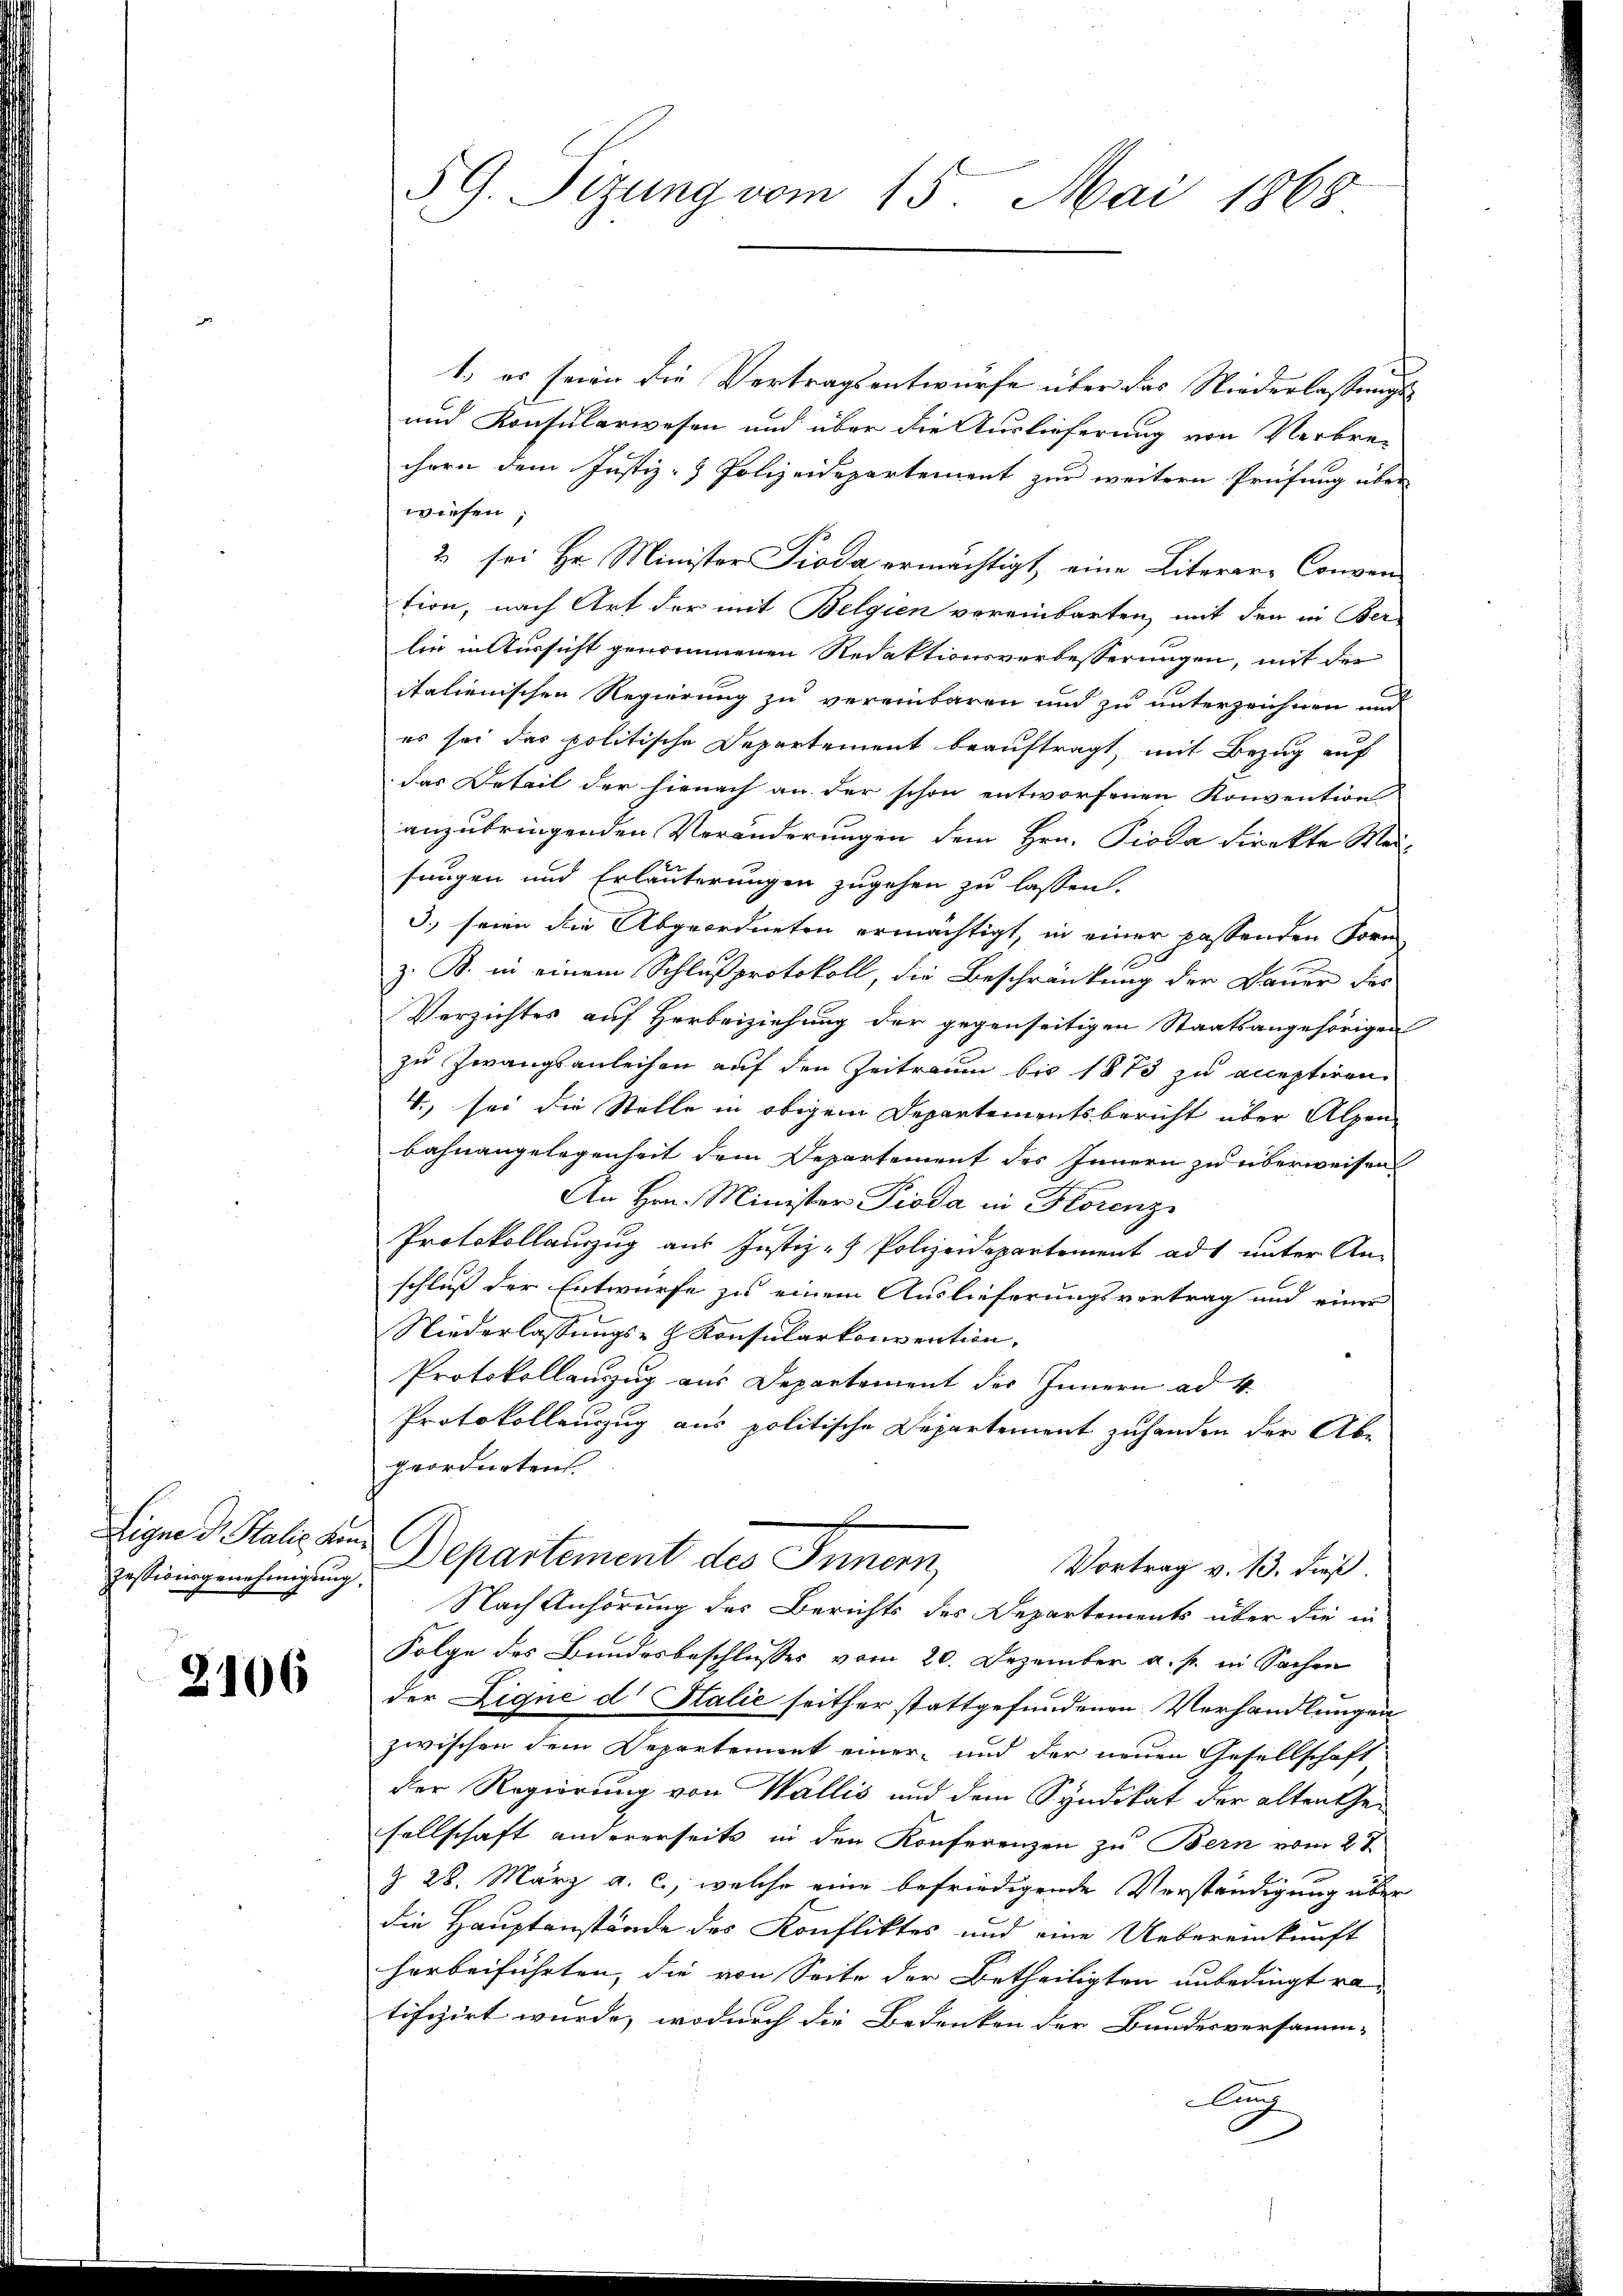
Eigne dr. Stalie di
Zessionsgenehmigung.

2106

59. Sizung vom 15. Mai 1868

1., es seien die Vertragsentwurfe über das Niederlassungs¬
und Konsularwesen und über die Auslieferung von Verbrechern dem Justiz- & Polizeidepartement zur weitern Prüfung über
wiesen;
2 sei Hr. Minister Pioda ermächtigt, eine Literere Conven
tion, nach Art der mit Belgien voreinbarten, mit den in Ber
lie in Aussicht genommenen Redaktionsverbesserungen, mit der
italienischen Regierung zu vereinbaren und zu unterzeichnen und
es sei das politische Departement beauftragt, mit Bezug auf
das Detail der hienach an der schon entworfenen Konvention
anzubringenden Veränderungen dem Hrn. Pioda direkte Meifungen und Erläuterungen zugehen zu lassen.
3) seien die Abgeordneten ermächtigt, in einer passenden Form
1

z. B. in einem Schlußprotokoll, die Beschränkung der Bauer des
Verzichtes auf Herbeiziehung der gegenseitigen Staatsangehörigen
zu Zwangsanleisen auf den Zeitraum bis 1873 zu acceptiren.
4., sei die Stelle in obigem Departementsbericht über Alpen
bahnangelegenheit dem Departement des Innern zu überweisen
An Hrn. Minister Pioda in Horenz
Protokollauszug aus Justiz - Polizeidepartement ad unter An-
schluß der Entwurfe zu einem Auslieferungsvertrag und einer
Niederlassungs- & Konsularkonvention.
Protokollauszug aus Departement des Innern ad 4
Protokollenzug aus politische Departement zuhanden der Ab-
geordneten
Departement des Inner,
Vortrag v. 13. dieß.
Nach Anhörung des Berichts des Departements über die in
Folge des Bundesbeschlusses vom 20. Dezember a. p. in Sachen
der Lique d Salić seither stattgefundenen Verhandlungen
zwischen dem Departement einer und der neuen Gesellschaft,
der Regierung von Wallis und dem Syndikat der alten Gesellschaft andererseits in den Konferenzen zu Bern vom 27
z. 28. März a. c., welche eine befriedigende Verständigung über
die Hauptanstände des Konfliktes und eine Uebereinkunft
herbeiführten, die von Seite der Betheiligten unbedingt ratifizirt wurde, wodurch die Bedenken der Bundesversamm-
lung